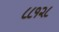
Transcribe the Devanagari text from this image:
८८१२८